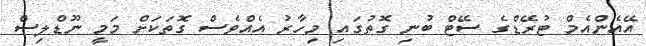
އޭއެންއެމް ޓުރޭޑްގެ ސޭޓް ބުނި ގޮތުގައި މިހާރު އެއްވެސް ގޮތަކަށް މަމީ ނޫޑްލިސް